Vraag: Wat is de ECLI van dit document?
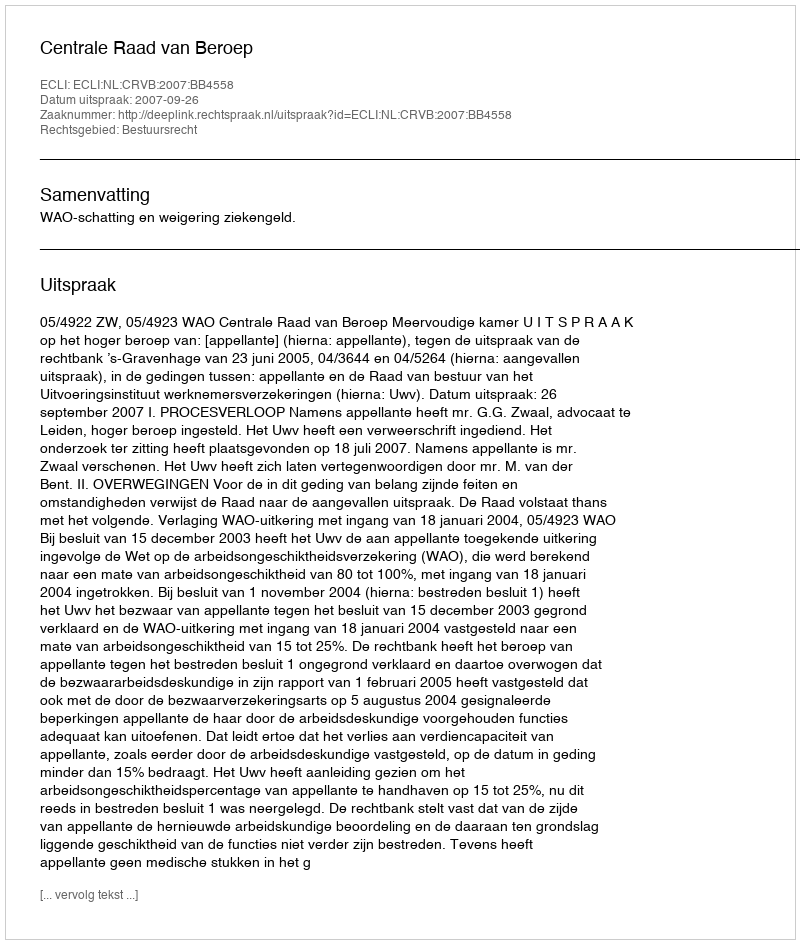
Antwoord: ECLI:NL:CRVB:2007:BB4558